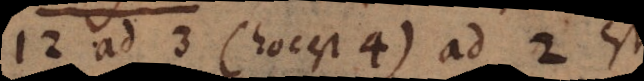
12 ad 3 (hoc est 4) ad 2 est